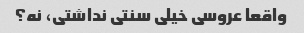
واقعا عروسی خیلی سنتی نداشتی، نه؟